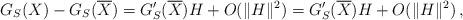
LaTeX: \begin{align*}G_{S}(X)-G_{S}(\overline{X})=G'_{S}(\overline{X})H+O(\|H\|^{2})=G_S'(\overline{X})H+O(\|H\|^{2})\,,\end{align*}